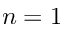
n = 1